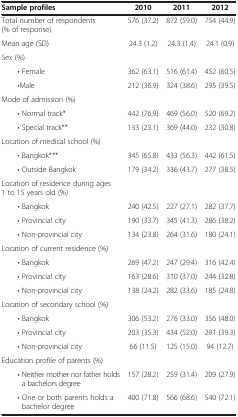
<table><thead><tr><td><b>Sample profiles</b></td><td><b>2010</b></td><td><b>2011</b></td><td><b>2012</b></td></tr></thead><tbody><tr><td>Total number of respondents (% of response)</td><td>576 (37.2)</td><td>872 (59.0)</td><td>754 (44.9)</td></tr><tr><td>Mean age (SD)</td><td>24.3 (1.2)</td><td>24.3 (1.4)</td><td>24.1 (0.9)</td></tr><tr><td>Sex (%)</td><td> </td><td> </td><td> </td></tr><tr><td>• Female</td><td>362 (63.1)</td><td>516 (61.4)</td><td>452 (60.5)</td></tr><tr><td>•Male</td><td>212 (36.9)</td><td>324 (38.6)</td><td>295 (39.5)</td></tr><tr><td>Mode of admission (%)</td><td> </td><td> </td><td> </td></tr><tr><td>• Normal track*</td><td>442 (76.9)</td><td>469 (56.0)</td><td>520 (69.2)</td></tr><tr><td>• Special track**</td><td>133 (23.1)</td><td>369 (44.0)</td><td>232 (30.8)</td></tr><tr><td>Location of medical school (%)</td><td> </td><td> </td><td> </td></tr><tr><td>• Bangkok***</td><td>345 (65.8)</td><td>433 (56.3)</td><td>442 (61.5)</td></tr><tr><td>• Outside Bangkok</td><td>179 (34.2)</td><td>336 (43.7)</td><td>277 (38.5)</td></tr><tr><td>Location of residence during ages 1 to 15 years old (%)</td><td> </td><td> </td><td> </td></tr><tr><td>• Bangkok</td><td>240 (42.5)</td><td>227 (27.1)</td><td>282 (37.7)</td></tr><tr><td>• Provincial city</td><td>190 (33.7)</td><td>345 (41.3)</td><td>286 (38.2)</td></tr><tr><td>• Non-provincial city</td><td>134 (23.8)</td><td>264 (31.6)</td><td>180 (24.1)</td></tr><tr><td>Location of current residence (%)</td><td> </td><td> </td><td> </td></tr><tr><td>• Bangkok</td><td>269 (47.2)</td><td>247 (29.4)</td><td>316 (42.4)</td></tr><tr><td>• Provincial city</td><td>163 (28.6)</td><td>310 (37.0)</td><td>244 (32.8)</td></tr><tr><td>• Non-provincial city</td><td>138 (24.2)</td><td>282 (33.6)</td><td>185 (24.8)</td></tr><tr><td>Location of secondary school (%)</td><td> </td><td> </td><td> </td></tr><tr><td>• Bangkok</td><td>306 (53.2)</td><td>276 (33.0)</td><td>356 (48.0)</td></tr><tr><td>• Provincial city</td><td>203 (35.3)</td><td>434 (52.0)</td><td>291 (39.3)</td></tr><tr><td>• Non-provincial city</td><td>66 (11.5)</td><td>125 (15.0)</td><td>94 (12.7)</td></tr><tr><td>Education profile of parents (%)</td><td> </td><td> </td><td> </td></tr><tr><td>• Neither mother nor father holds a bachelors degree</td><td>157 (28.2)</td><td>259 (31.4)</td><td>209 (27.9)</td></tr><tr><td>• One or both parents holds a bachelor degree</td><td>400 (71.8)</td><td>566 (68.6)</td><td>540 (72.1)</td></tr></tbody></table>